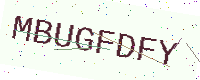
Text: MBUGFDFY